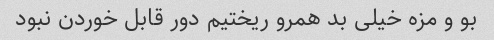
بو و مزه خیلی بد همرو ریختیم دور قابل خوردن نبود